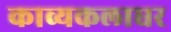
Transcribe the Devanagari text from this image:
काव्यकलाधर